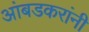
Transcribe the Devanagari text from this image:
आंबडकरांनी